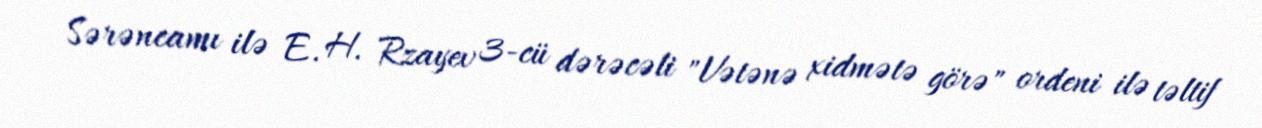
Sərəncamı ilə E. H. Rzayev 3-cü dərəcəli "Vətənə xidmətə görə" ordeni ilə təltif